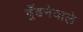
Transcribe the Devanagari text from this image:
ढूँढनेवाले